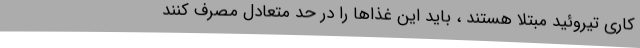
کاری تیروئید مبتلا هستند ، باید این غذاها را در حد متعادل مصرف کنند